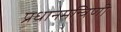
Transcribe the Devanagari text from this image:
प्रधानमन्त्रिणी